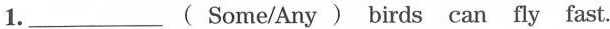
1___.( Some/Any ) birds can fly fast.